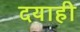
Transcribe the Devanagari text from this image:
दयाही